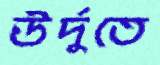
উর্দুতে